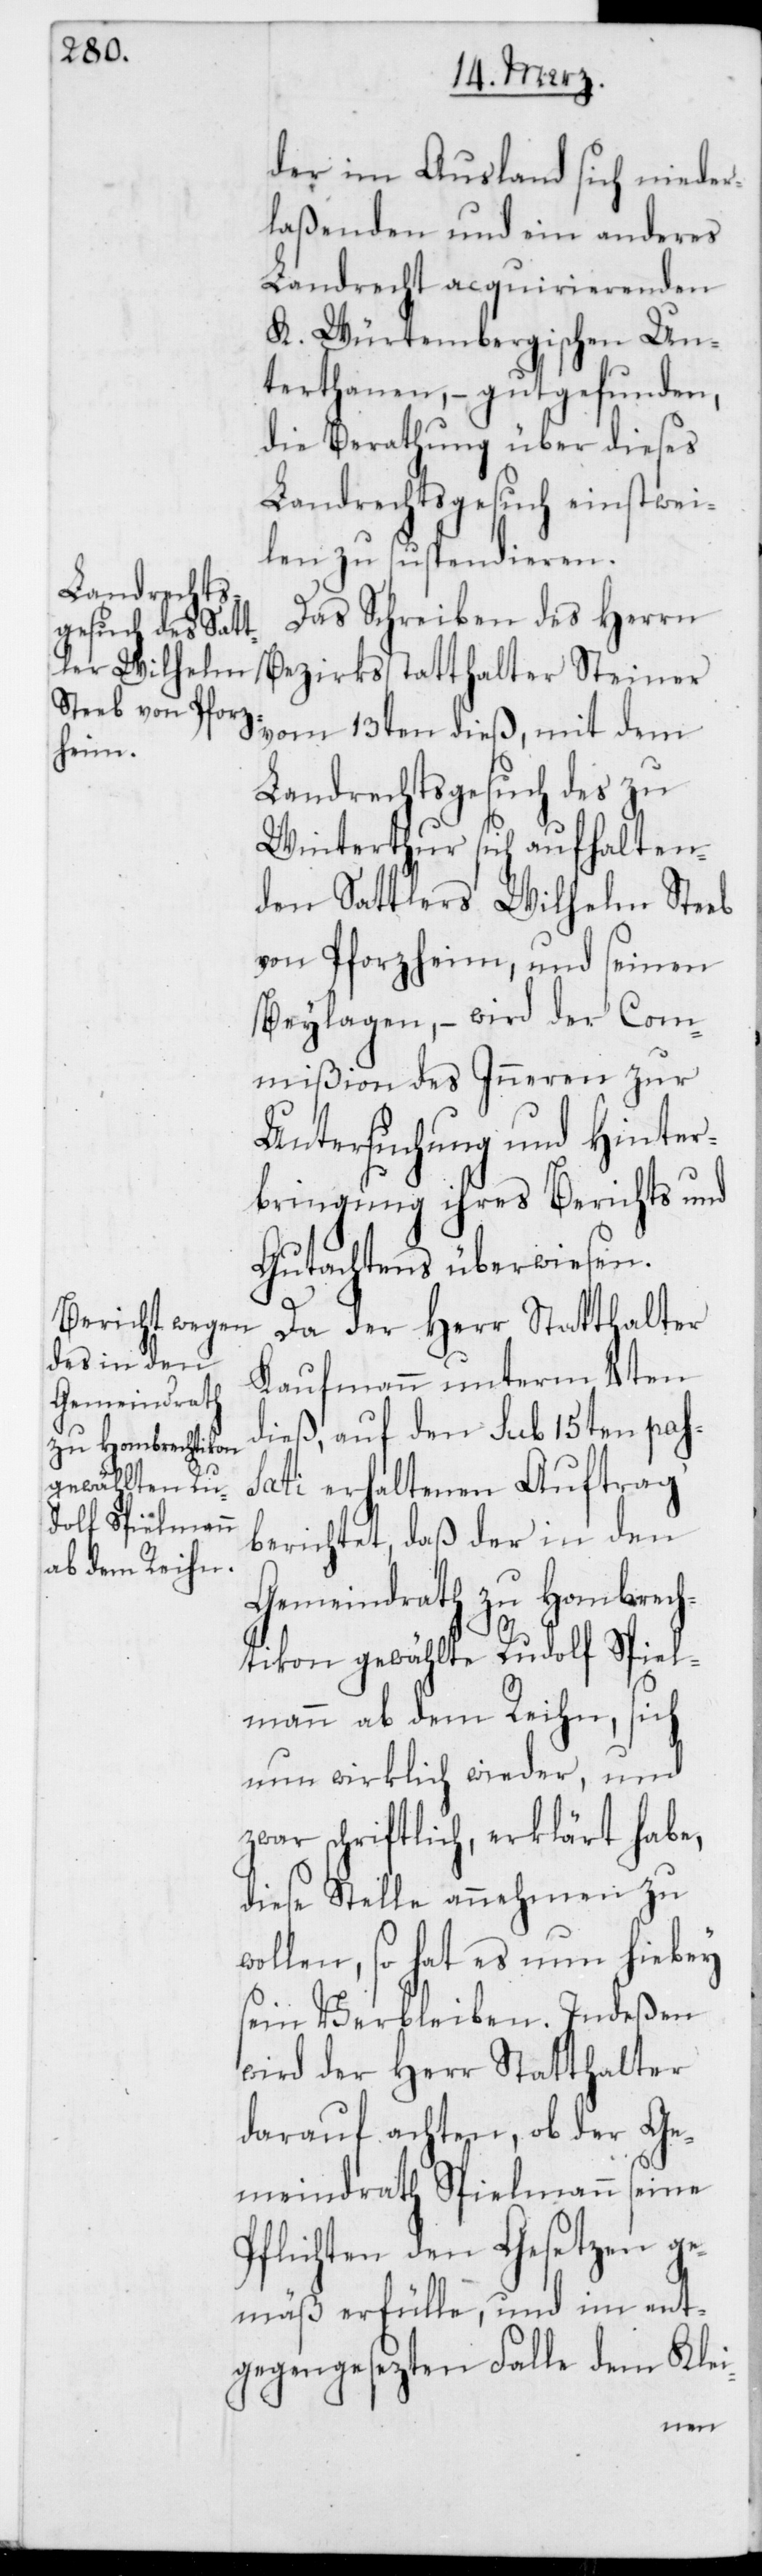
der im Ausland sich nieder¬
laßenden und ein anderes
Landrecht acquirierenden
K. Würtembergischen Un¬
terthanen, – gutgefunden,
die Berathung über dieses
Landrechtsgesuch einstwei¬
len zu suspendieren.
Das Schreiben des Herrn
Bezirksstatthalter Steiner
vom 13ten dieß, mit dem
Landrechtsgesuch des zu
Winterthur sich aufhalten¬
den Sattlers Wilhelm Steeb
von Pforzheim und seinen
Beylagen, – wird der Com¬
mißion des Inneren zur
Untersuchung und Hinter¬
bringung ihres Berichts und
Gutachtens überwiesen.
Da der Herr Statthalter
Kaufmann unterm 4ten
dieß, auf den sub 15ten pas¬
sati erhaltenen Auftrag
berichtet, daß der in den
Gemeindrath zu Hombrech¬
tikon gewählte Rudolf Spiel¬
mann ab dem Reihn, sich
nun wirklich wieder, und
zwar schriftlich, erklärt habe,
diese Stelle annehmen zu
wollen, so hat es nun hiebey
sein Verbleiben. Indeßen
wird der Herr Statthalter
darauf achten, ob der Ge¬
meindrath Spielmann seine
Pflichten den Gesetzen ge¬
mäß erfülle, und im ent¬
gegengesezten Falle dem Klei-